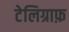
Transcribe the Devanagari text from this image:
टेलिग्राफ़